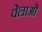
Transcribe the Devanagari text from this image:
वेलाओं